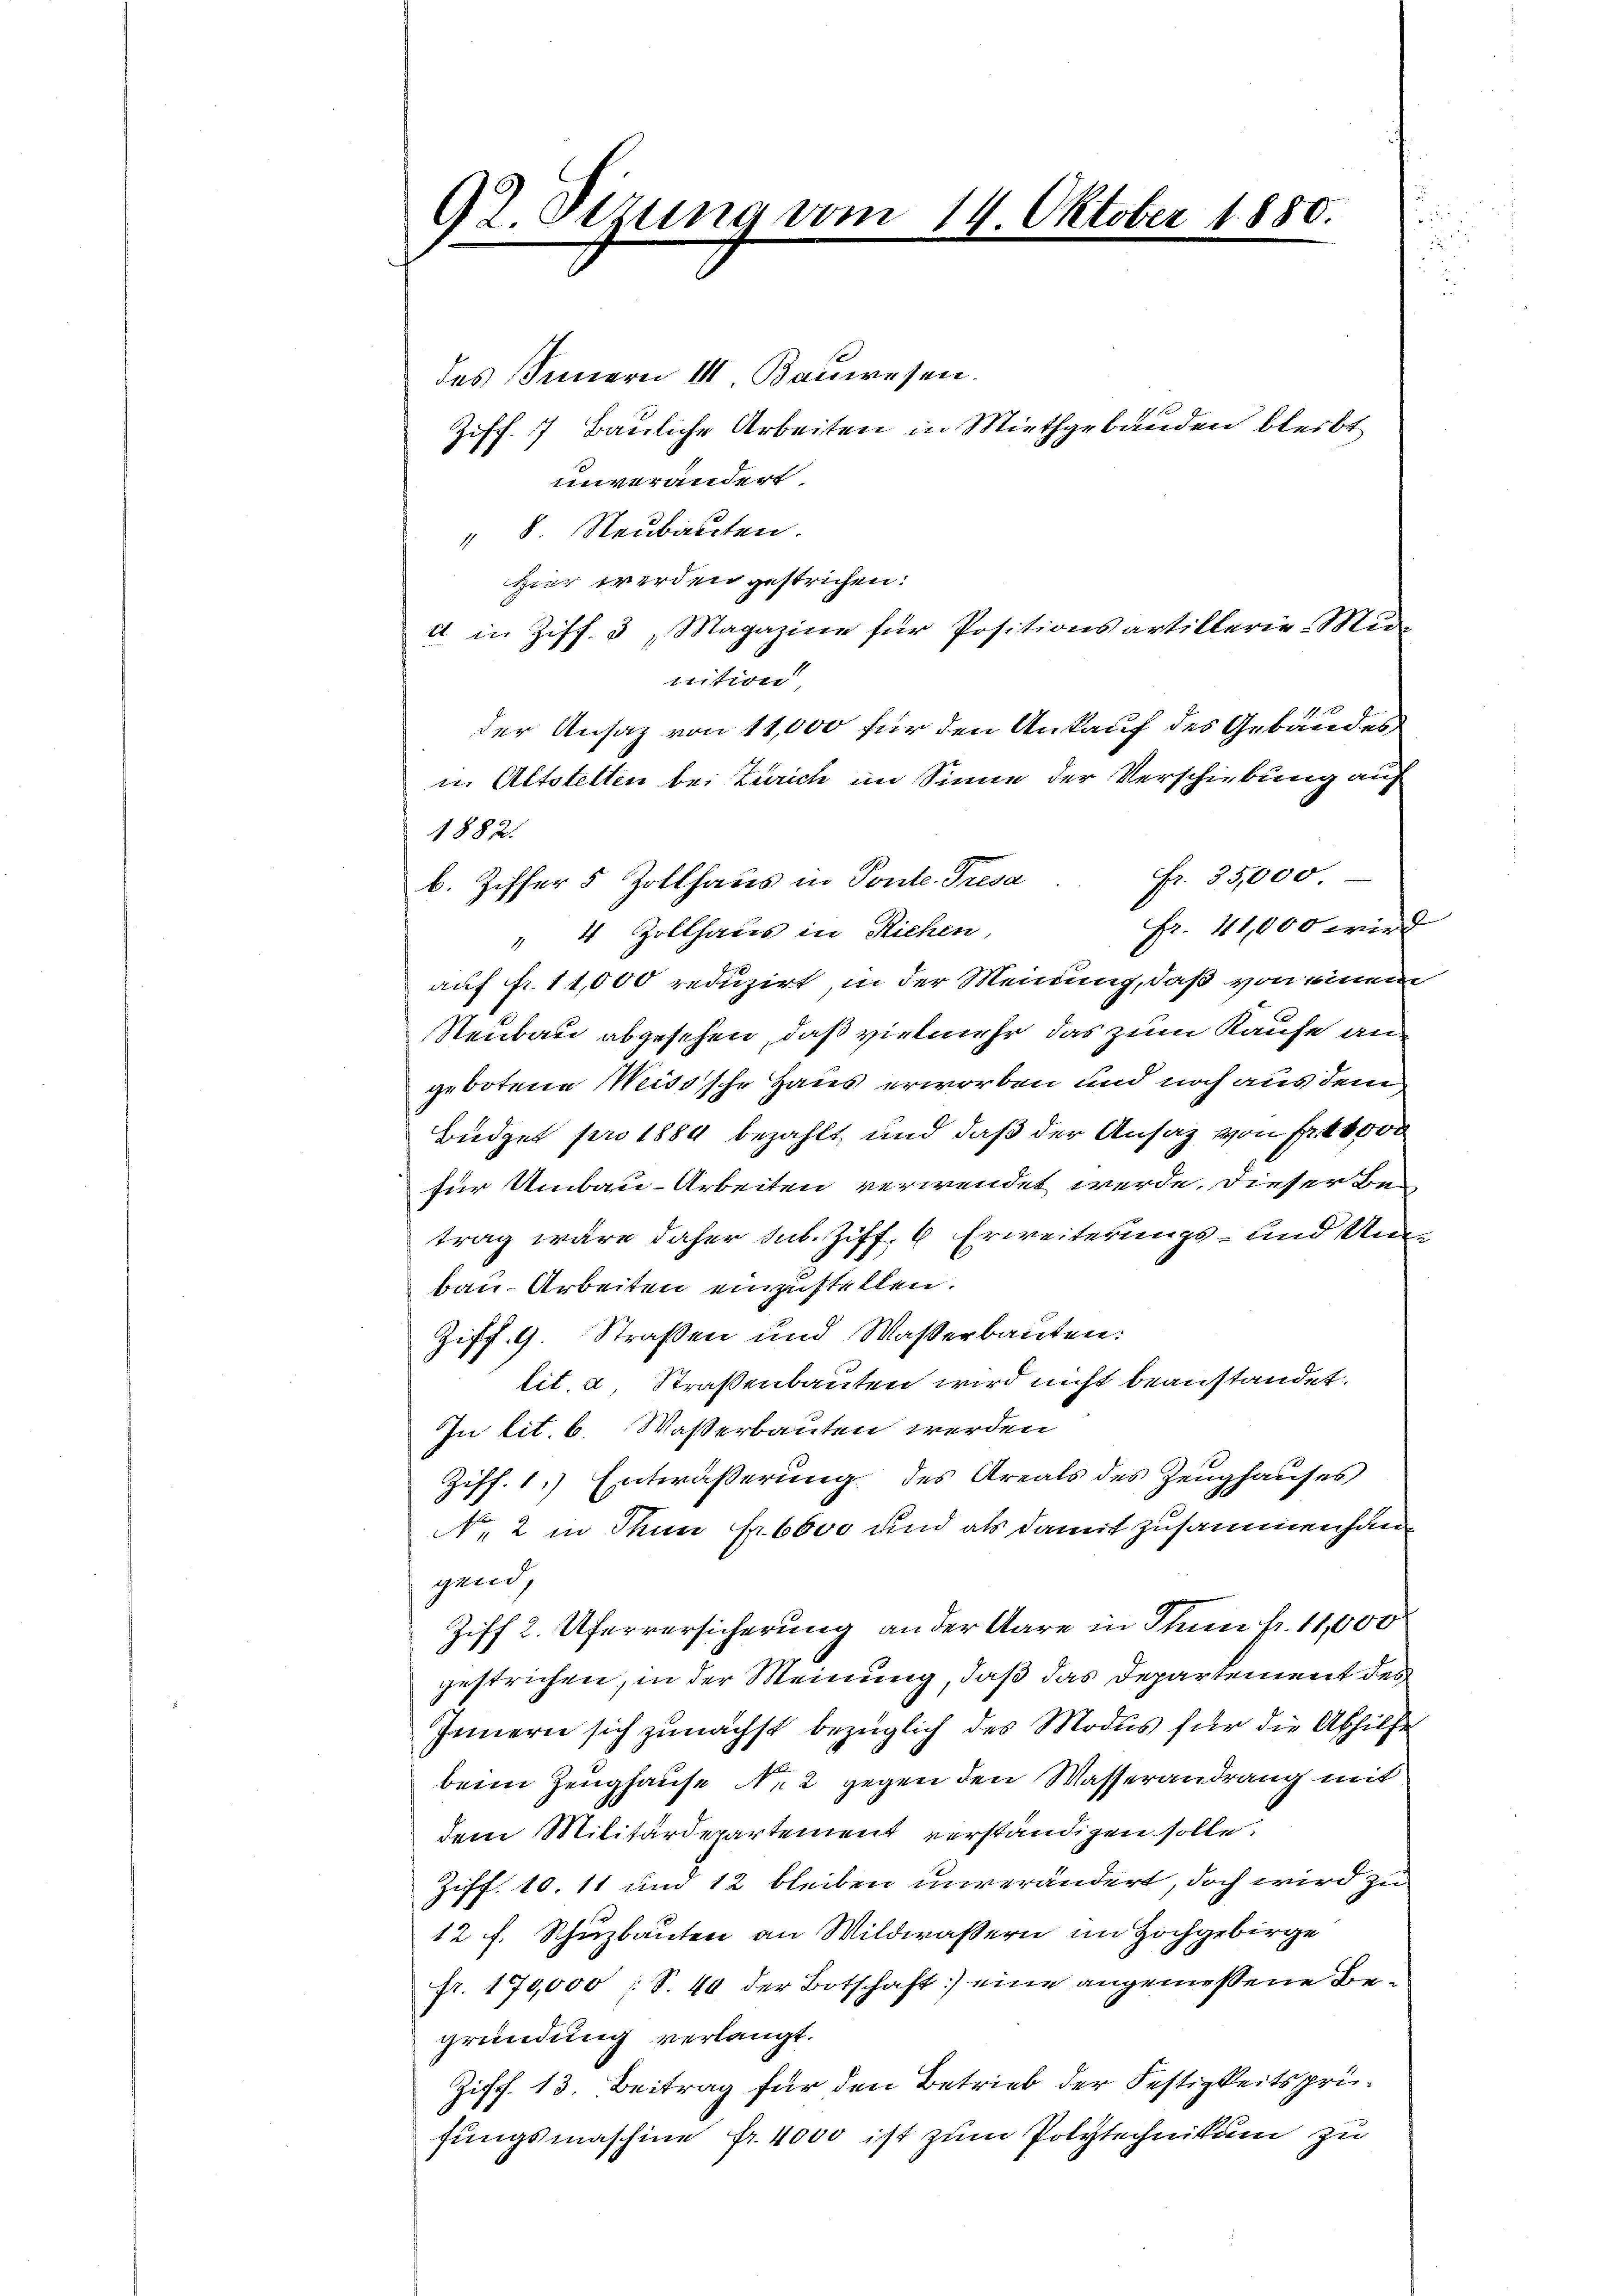
92. Dizuna vom
e

des Innern 11 Bauwesen.
unverändert.
" 8 Neubauten.
Hier werden gestrichen:
d in Ziff. 5, Magazine für Positionsartillerie-Mi-
ection
der Ansatz von 11,000 für den Ankauf des Gebäudes
in Altstetten bei Zürich im Sinne der Verschiebung auf
1882.
Fr. 35,000
Fr. 41,000 wird
" 4 Zollhaus in Richen,
auf fr. 11,000 reduzirt, in der Meinung, daß von einem
Neubau abgesehen, daß vielmehr das zum Kaufe an
gebotene Weissche Haus erworben und noch aus dem
Büdget pro 1884 bezahlt und daß der Ansaz von Fr. 16,000
für Umbau-Arbeiten verwendet werde. Dieser Be-
trag wäre daher sub. Ziff. 6 Erweiterungs- und Unbau-Arbeiten einzustellen.
Ziff. 9. Straßen und Waßerbauten:
lit. a, Straßenbauten wird nicht beanstandet.
In lit. b. Wasserbauten werden
Ziff. 1.) Entwässerung des Areals des Zeughauses
N. 2 in Thun fr. 6000 und als damit zusammenhangend,
Ziff 2. Uferversicherung an der Aare in Thun fr. 11,000
gestrichen, in der Meinung, daß das Departement des
Innern sich zunächst bezüglich des Modus für die Abhilfe
beim Zeughause No 2 gegen den Wasserandrang mit
dem Militärdepartement verständigen solle.
Ziff. 10. 11 und 12 bleiben unverändert, doch wird zu
12 f. Schuzbauten an Wildwassern im Hochgebirge
fr. 170,000 : S. 40 der Botschaft) eine angemessene Begründung verlangt.
Ziff. 13. Beitrag für den Betrieb der Festigkeitsprüfungsmaschine fr. 4000 ist zum Polytechnikum zu

b. Ziffer 5 Zollhaus in Ponte. Tresa

14. Oktober 1880.

Ziff. 7 Bauliche Arbeiten in Miethgebäuden bleibt